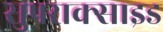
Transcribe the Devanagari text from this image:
सुपराक्साइड